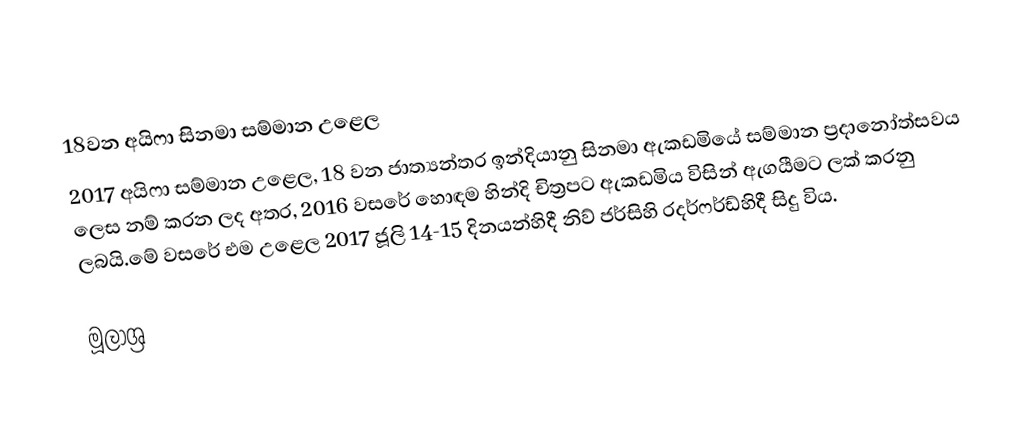
18වන අයිෆා සිනමා සම්මාන උළෙල
2017 අයිෆා සම්මාන උළෙල, 18 වන ජාත්‍යන්තර ඉන්දියානු සිනමා ඇකඩමියේ සම්මාන ප්‍රදානෝත්සවය ලෙස නම් කරන ලද අතර, 2016 වසරේ හොඳම හින්දි චිත්‍රපට ඇකඩමිය විසින් ඇගයීමට ලක් කරනු ලබයි.මේ වසරේ එම උළෙල 2017 ජූලි 14-15 දිනයන්හිදී නිව් ජර්සිහි රදර්ෆර්ඩ්හිදී සිදු විය.

මූලාශ්‍ර